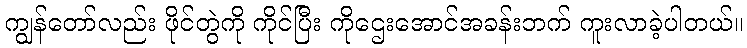
ကျွန်တော်လည်း ဖိုင်တွဲကို ကိုင်ပြီး ကိုဌေးအောင်အခန်းဘက် ကူးလာခဲ့ပါတယ်။